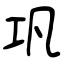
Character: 巩